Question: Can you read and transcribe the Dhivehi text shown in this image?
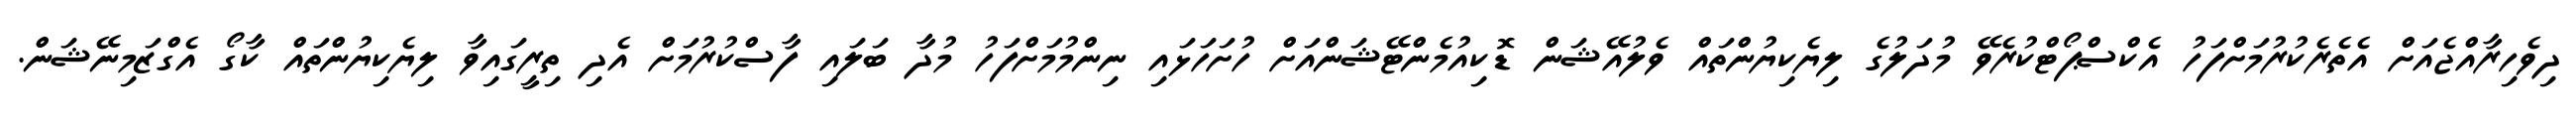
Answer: ދިވެހިރާއްޖެއަށް އެތެރެކުރުމަށްފަހު އެކްސްޕޯޓްކުރެވޭ މުދަލުގެ ލިޔެކިޔުންތައް ވެލުއޭޝަން ޑޮކިއުމެންޓޭޝަންއަށް ހުށަހަޅައި ނިންމުމަށްފަހު މުދާ ބަލައި ފާސްކުރުމަށް އެދި ތިރީގައިވާ ލިޔެކިޔުންތައް ކާގޯ އެގްޒަމިނޭޝަން.